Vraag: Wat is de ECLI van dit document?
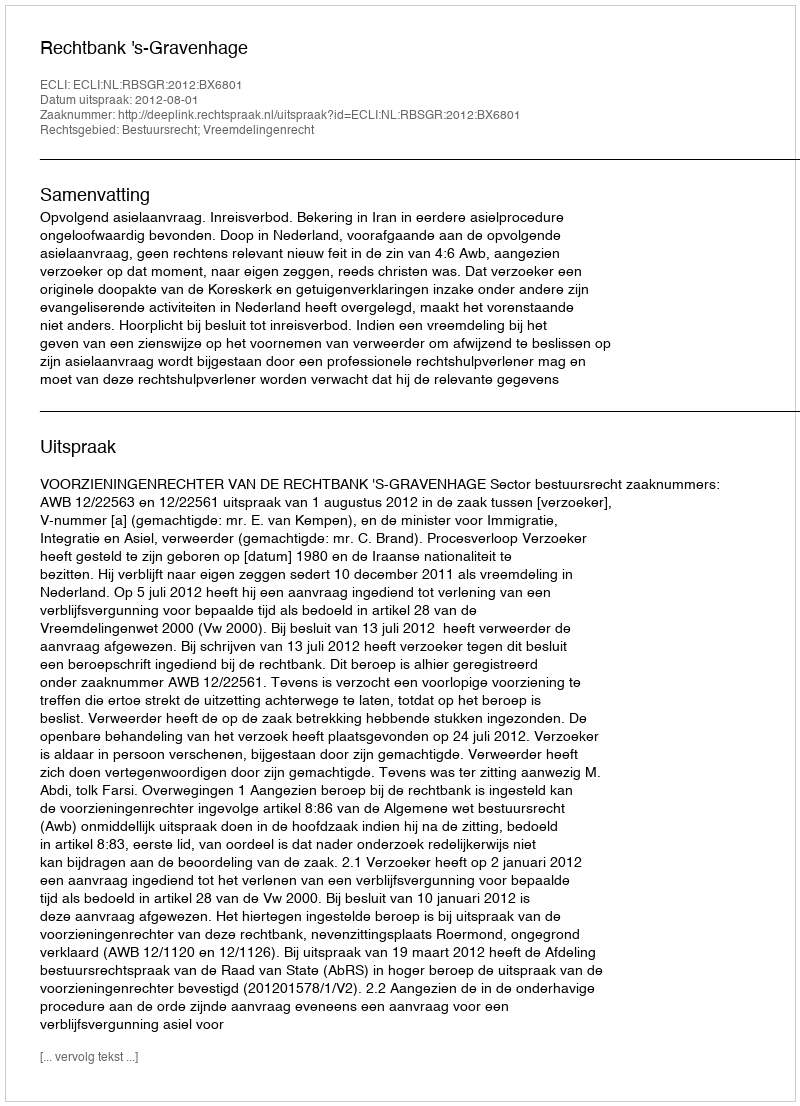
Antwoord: ECLI:NL:RBSGR:2012:BX6801